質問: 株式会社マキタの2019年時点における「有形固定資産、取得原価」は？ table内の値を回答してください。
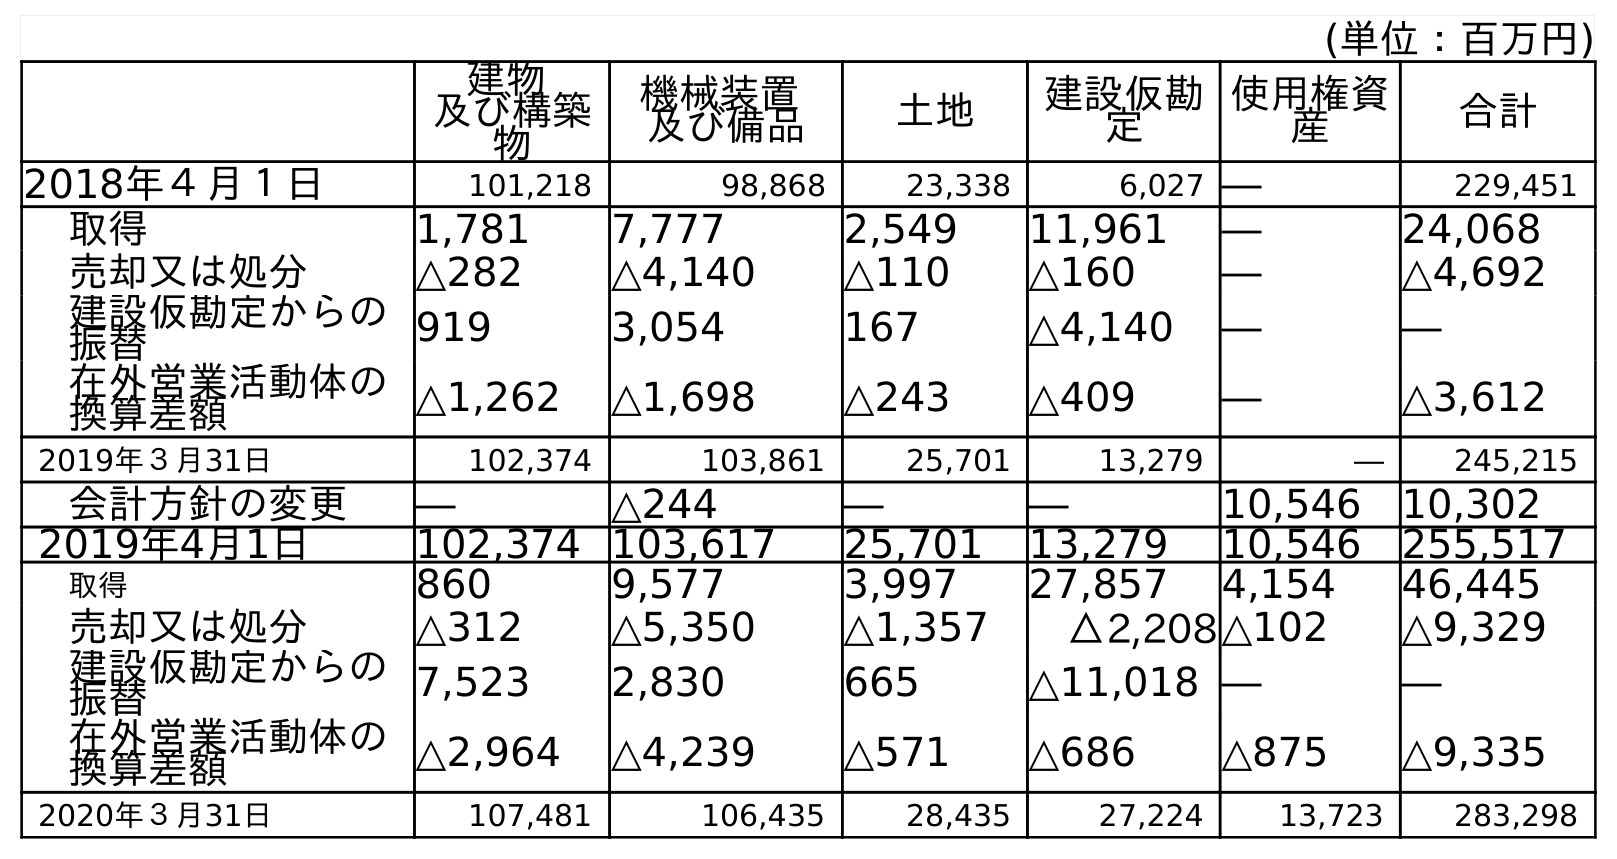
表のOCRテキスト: (単位：百万円) 建物 及び構築 物 機械装置 及び備品 土地 建設仮勘 定 使用権資 産 合計 2018年４月１日 101,218 98,868 23,338 6,027 ― 229,451 取得 1,781 7,777 2,549 11,961 ― 24,068 売却又は処分 △282 △4,140 △110 △160 ― △4,692 建設仮勘定からの 振替 919 3,054 167 △4,140 ― ― 在外営業活動体の 換算差額 △1,262 △1,698 △243 △409 ― △3,612 2019年３月31日 102,374 103,861 25,701 13,279 ― 245,215 会計方針の変更 ― △244 ― ― 10,546 10,302 2019年4月1日 102,374 103,617 25,701 13,279 10,546 255,517 取得 860 9,577 3,997 27,857 4,154 46,445 売却又は処分 △312 △5,350 △1,357 △2,208△102 △9,329 建設仮勘定からの 振替 7,523 2,830 665 △11,018 ― ― 在外営業活動体の 換算差額 △2,964 △4,239 △571 △686 △875 △9,335 2020年３月31日 107,481 106,435 28,435 27,224 13,723 283,298
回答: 245,215